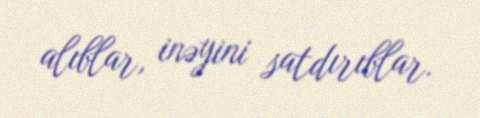
alıblar, inəyini satdırıblar.